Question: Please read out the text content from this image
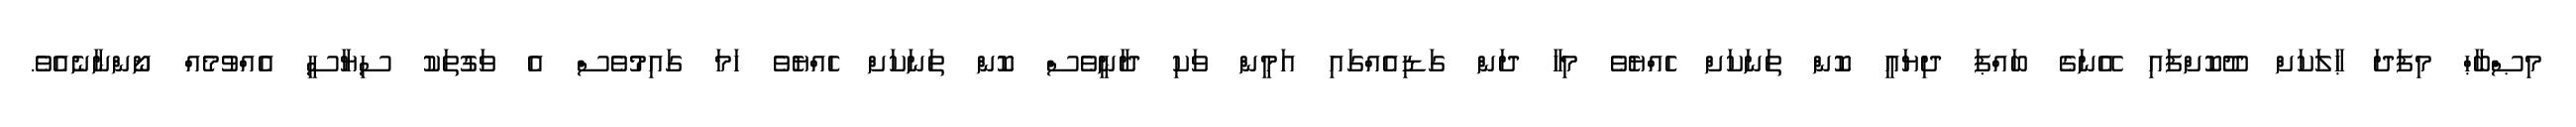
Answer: މިޞްބާޙް މިފަދަ ޙާލަކަށް ދޫކޮށްފައި އޭނަގެ ބައްޕަ ދިޔައީ ކޮން ތަނަކަށް ހެއްޔެވެ މިހާ ދަން ގަޑިއެއްގައި އަމީން ވަކި ދާނީވެސް ކޮން ތަނަކަށް ހެއްޔެވެ ހަމަ ގައިމުވެސް އެ ވަގުތަކު ސިޔާސީ އެއްވުމެއް ނޯންނާނެއެވެ.